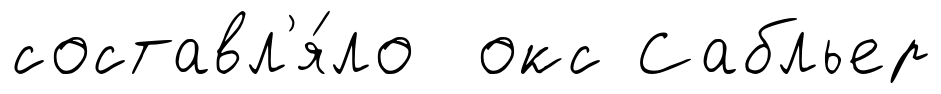
составл'я́ло окс Сабльер